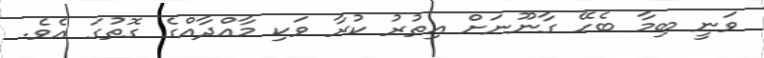
ވަނީ ބިމާ ބެހޭ ގާނޫނަށް އިތުރު ކުރާ ވަކި މާއްދާއްގެ ގޮތުގަ އެވެ.